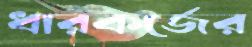
ধারকর্জের